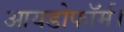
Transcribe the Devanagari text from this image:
आयडोफॉर्म।